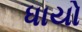
ધાયો